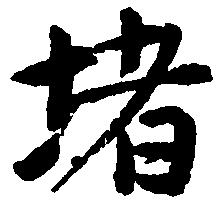
堵